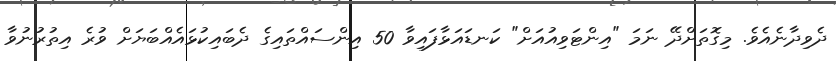
ދެވިދާނެއެވެ. މިގޮތަށްދޭ ނަމަ "އިންޓަވިއުއަށް" ކަނޑައަޅާފައިވާ 50 އިންސައްތައިގެ ދެބައިކުޅައެއްބަޔަށް ވުރެ އިތުރުނުވާ